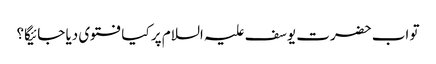
تو اب حضرت یوسف علیہ السلام پر کیا فتوی دیا جائیگا؟